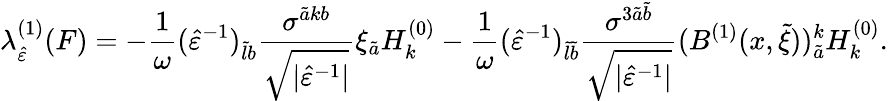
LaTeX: \lambda_{\hat{\varepsilon}}^{(1)}(F)=-\frac{1}{\omega}(\hat{\varepsilon}^{-1})_{\tilde{l}b}\frac{\sigma^{\tilde{a}kb}}{\sqrt{\lvert\hat{\varepsilon}^{-1}\rvert}}\xi_{\tilde{a}}H_{k}^{(0)}-\frac{1}{\omega}(\hat{\varepsilon}^{-1})_{\tilde{l}\tilde{b}}\frac{\sigma^{3\tilde{a}\tilde{b}}}{\sqrt{\lvert\hat{\varepsilon}^{-1}\rvert}}(B^{(1)}(x,\tilde{\xi}))_{\tilde{a}}^{k}H_{k}^{(0)}.